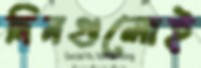
দিনগুলোই